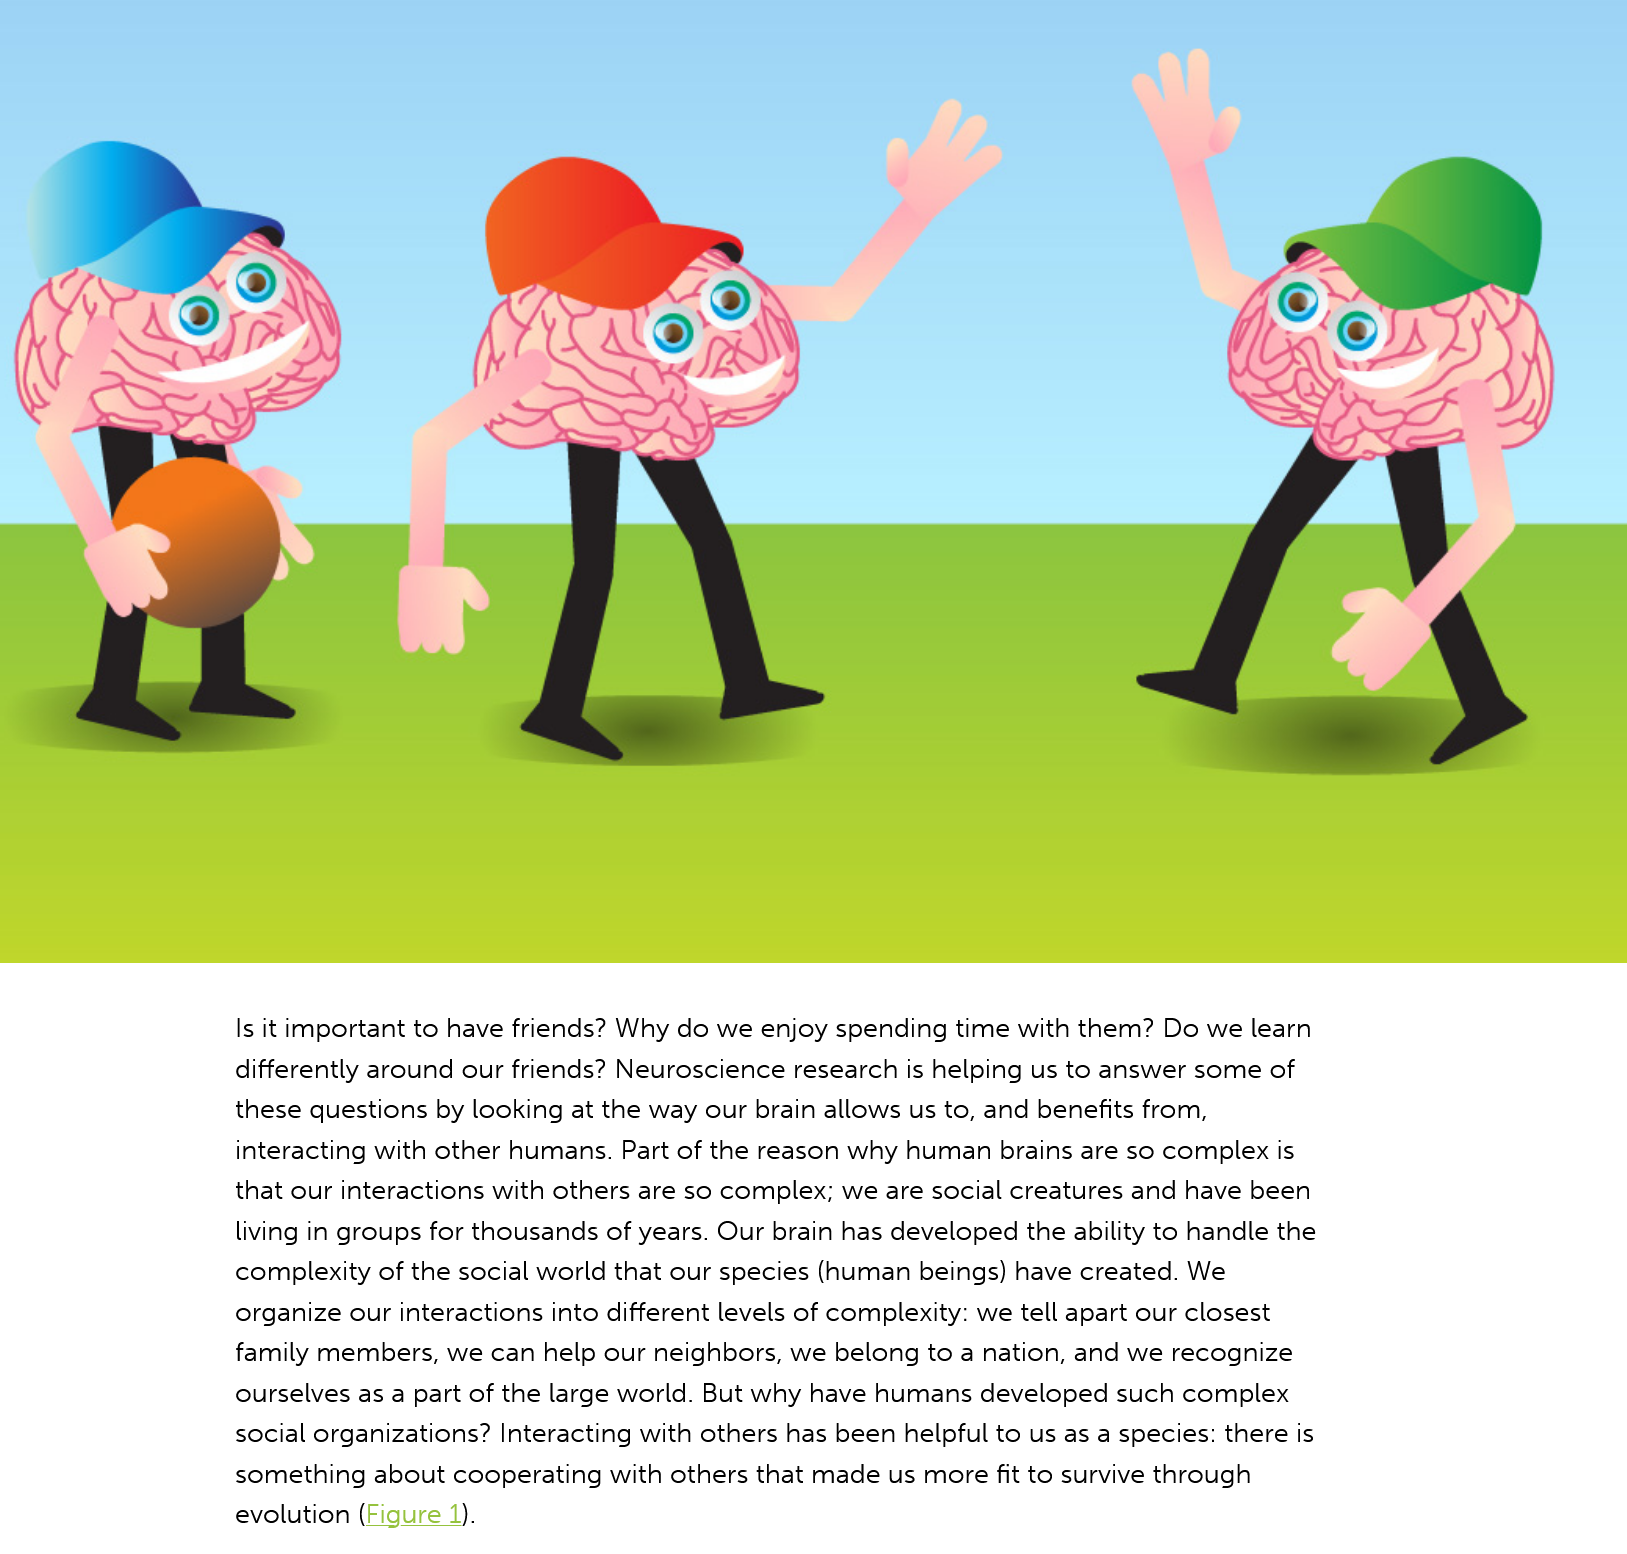
Is it important to have friends? Why do we enjoy spending time with them? Do we learn
     differently around our friends? Neuroscience research is helping us to answer some of
     these questions by looking at the way our brain allows us to, and benefits from,
     interacting with other humans. Part of the reason why human brains are so complex is
     that our interactions with others are so complex; we are social creatures and have been
     living in groups for thousands of years. Our brain has developed the ability to handle the
     complexity of the social world that our species (human beings) have created. We
     organize our interactions into different levels of complexity: we tell apart our closest
     family members, we can help our neighbors, we belong to a nation, and we recognize
     ourselves as a part of the large world. But why have humans developed such complex
     social organizations? Interacting with others has been helpful to us as a species: there is
     something about cooperating with others that made us more fit to survive through
     evolution (Figure 1).